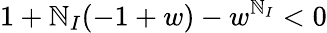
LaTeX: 1+\mathbb{N}_{I}(-1+w)-w^{\mathbb{N}_{I}}<0